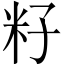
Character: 籽